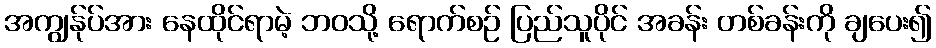
အကျွန်ုပ်အား နေထိုင်ရာမဲ့ ဘဝသို့ ရောက်စဉ် ပြည်သူပိုင် အခန်း တစ်ခန်းကို ချပေး၍